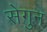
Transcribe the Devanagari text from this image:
सेगुन